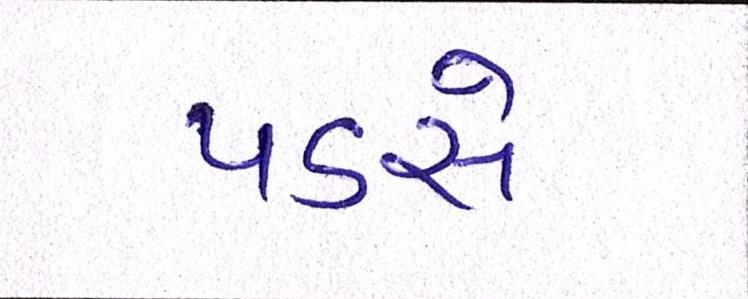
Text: પડસે